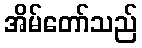
အိမ်တော်သည်